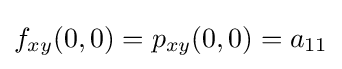
f_{xy}(0,0)=p_{xy}(0,0)=a_{11}